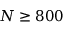
N \geq 8 0 0